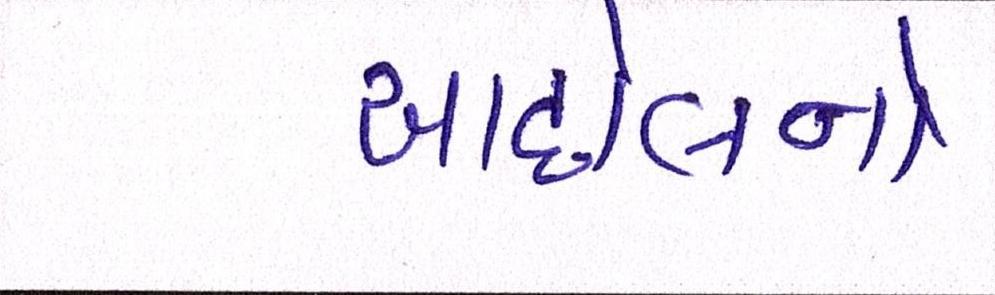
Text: આંદોલનો